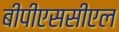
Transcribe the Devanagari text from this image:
बीपीएससीएल